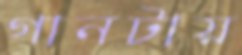
গানটায়